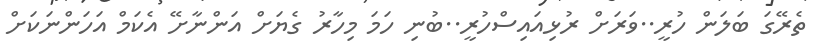
ތެރޭގަ ބަލަން ހުރީ..ވަރަށް ރުޅިއައިސްހުރީ..ބުނި ހަމަ މިހާރު ގެޔަށް އަންނާށޭ އެކަމް އަހަންނަކަށް